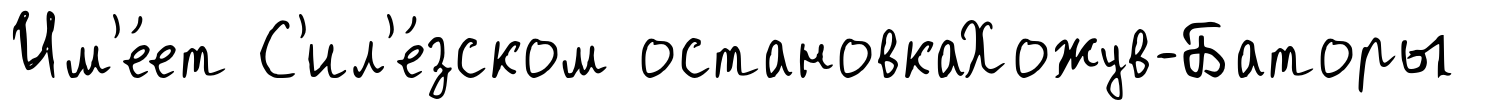
Им'е́ет С'ил'е́зском остановкаХожув-Баторы